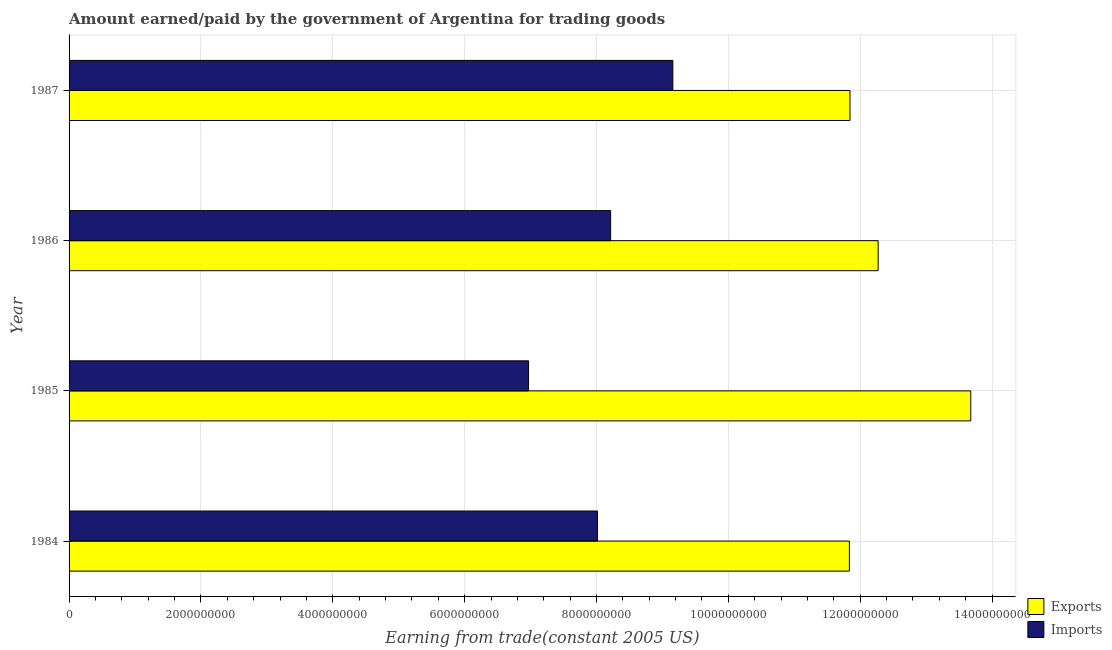
| Year | Exports | Imports |
 | --- | --- | --- |
 | 1984 | 1.18e+10 | 8.01e+09 |
 | 1985 | 1.37e+10 | 6.97e+09 |
 | 1986 | 1.23e+10 | 8.21e+09 |
 | 1987 | 1.18e+10 | 9.16e+09 |